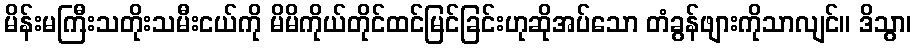
မိန်းမကြီးသတိုးသမီးငယ်ကို မိမိကိုယ်တိုင်ထင်မြင်ခြင်းဟုဆိုအပ်သော တံခွန်ဖျားကိုသာလျင်။ ဒိသွာ၊